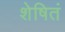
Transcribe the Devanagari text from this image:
शेषितं